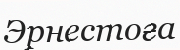
Эрнестоға